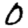
Digit: 0